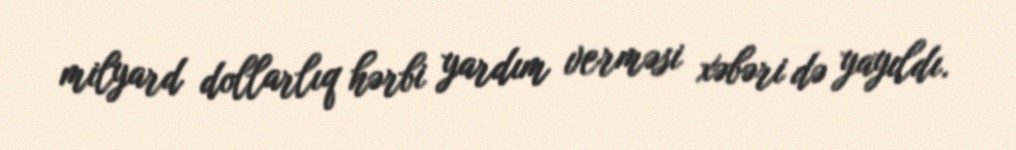
milyard dollarlıq hərbi yardım verməsi xəbəri də yayıldı.